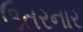
ઉતરનાર